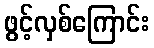
ဖွင့်လှစ်ကြောင်း